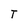
Character: T